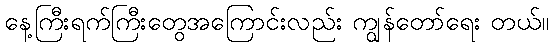
နေ့ကြီးရက်ကြီးတွေအကြောင်းလည်း ကျွန်တော်ရေး တယ်။